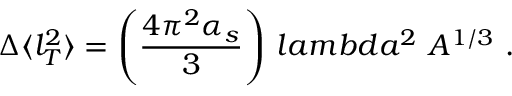
\Delta \langle l _ { T } ^ { 2 } \rangle = \left( \frac { 4 \pi ^ { 2 } \alpha _ { s } } { 3 } \right) \, l a m b d a ^ { 2 } \ A ^ { 1 / 3 } \ .